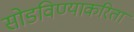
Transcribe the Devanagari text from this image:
सोडविण्‍याकरिता